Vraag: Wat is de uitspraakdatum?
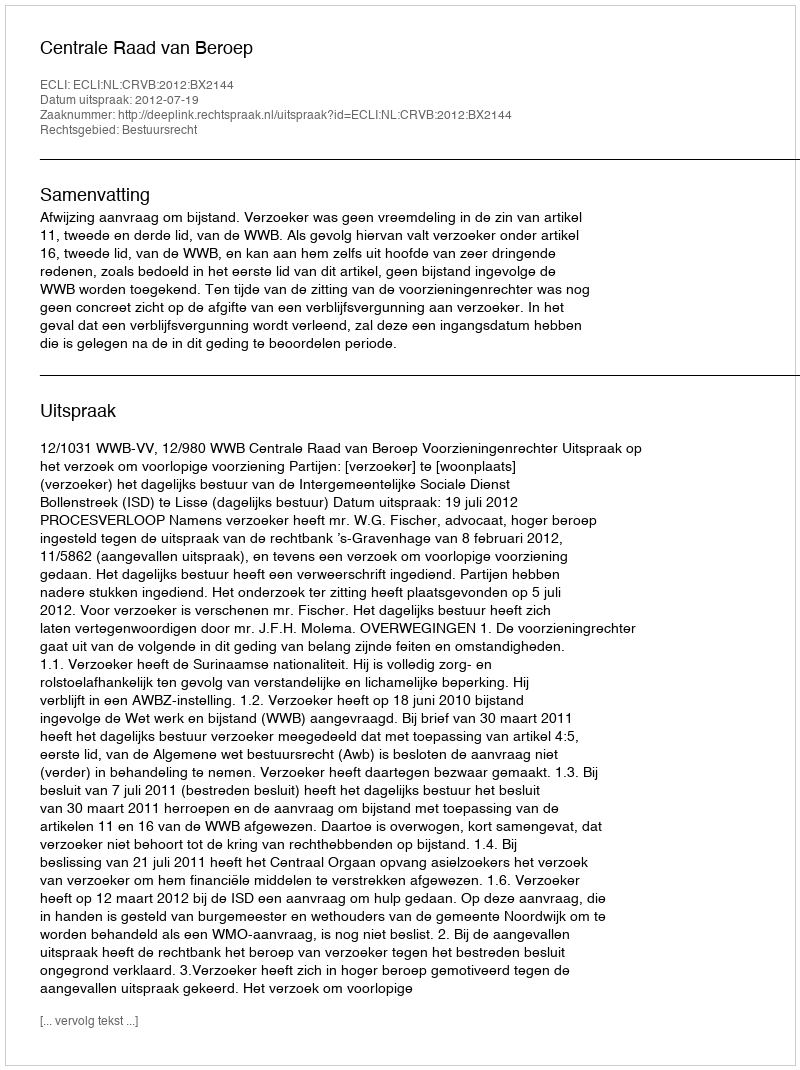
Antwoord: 2012-07-19